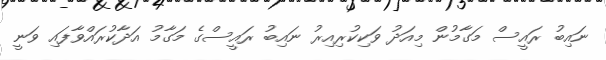
ނައިބު ރައީސް މަގާމުން މިއަދު ވަކިކުރިއިރު ނައިބު ރައީސްގެ މަގާމު އަދާކުރައްވާފައި ވަނީ